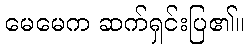
မေမေက ဆက်ရှင်းပြ၏။